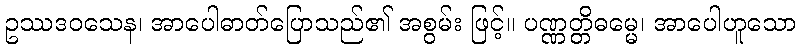
ဥဿဒဝသေန၊ အာပေါဓာတ်ပြောသည်၏ အစွမ်း ဖြင့်။ ပဏ္ဏတ္တိဓမ္မေ၊ အာပေါဟူသော